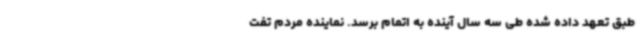
طبق تعهد داده شده طی سه سال آینده به اتمام برسد. نماینده مردم تفت